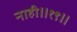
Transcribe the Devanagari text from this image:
नाही॥१९॥